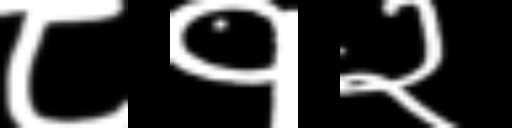
Text: ८१२